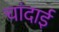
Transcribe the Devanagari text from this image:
चांदाई